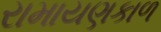
રામાયણકાળ